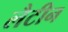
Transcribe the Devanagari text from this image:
लैटीन